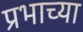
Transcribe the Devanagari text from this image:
प्रभाच्या